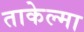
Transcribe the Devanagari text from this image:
ताकेल्मा